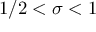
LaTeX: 1 / 2 < \sigma < 1